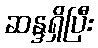
ဆန္ဒရှိပြီး